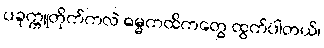
ပခုက္ကူတိုက်ကလဲ ဓမ္မကထိကတွေ ထွက်ပါတယ်၊